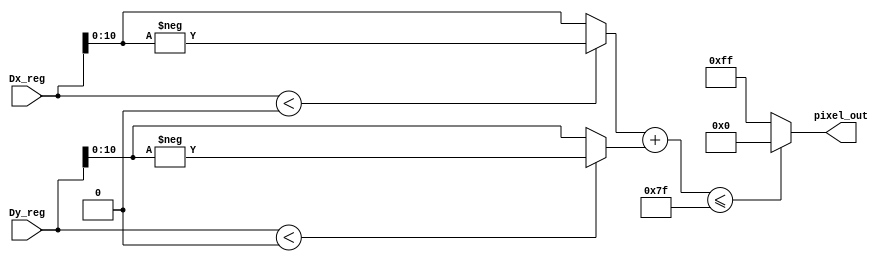
`timescale 1ns / 1ps
//////////////////////////////////////////////////////////////////////////////////
// Company: 
// Engineer: 
// 
// Design Name: 
// Module Name:    sobel 
// Project Name: 
// Target Devices: 
// Tool versions: 
// Description: 
//
// Dependencies: 
//
// Revision: 
// Revision 0.01 - File Created
// Additional Comments: 
//
//////////////////////////////////////////////////////////////////////////////////
module sobel(
input signed [11:0] Dx_reg,
input signed [11:0] Dy_reg,
output [7:0] pixel_out
);
wire [10:0] Dx;
wire [10:0] Dy;
////////// absolute value /////////
		
		 assign Dx = Dx_reg < 0 ? -Dx_reg : Dx_reg;
		 assign Dy = Dy_reg < 0 ? -Dy_reg : Dy_reg;
	
	///// calcute autput ////////////
		 
		  assign pixel_out = Dx + Dy <= 127 ? 0 : 8'b11111111 ;
	

endmodule